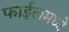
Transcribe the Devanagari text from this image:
फाईलमध्ये